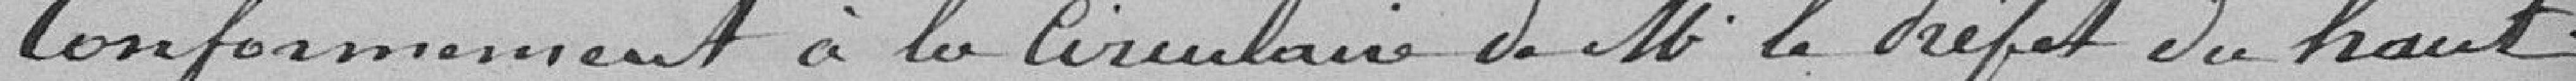
Conformément à la circulaire de M. le préfet du haut-